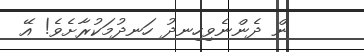
ން ދެންނެވިހިނދު ހަނދުމަކުރާށެވެ! އޭ